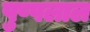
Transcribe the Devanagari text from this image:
पुष्पलाल